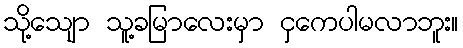
သို့သျော သူ့ခမြာလေးမှာ ငှကေပါမလာဘူး။